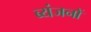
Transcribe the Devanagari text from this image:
ब्यंजनों